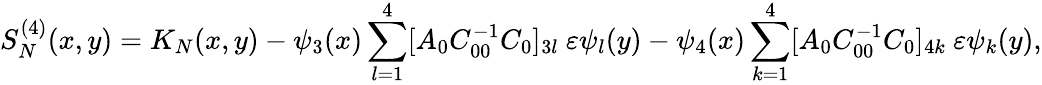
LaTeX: S_{N}^{(4)}(x,y)=K_{N}(x,y)-\psi_{3}(x)\sum_{l=1}^{4}[A_{0}C_{00}^{-1}C_{0}]_{3l}\ \varepsilon\psi_{l}(y)-\psi_{4}(x)\sum_{k=1}^{4}[A_{0}C_{00}^{-1}C_{0}]_{4k}\ \varepsilon\psi_{k}(y),